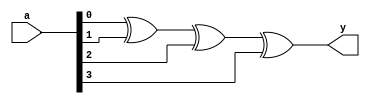
module XOR_4(
	input [3:0]a,
	output     y
);

	assign y = a[0]^a[1]^a[2]^a[3];
	
endmodule